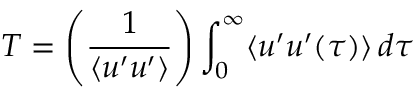
T = \left( { \frac { 1 } { \langle u ^ { \prime } u ^ { \prime } \rangle } } \right) \int _ { 0 } ^ { \infty } \langle u ^ { \prime } u ^ { \prime } ( \tau ) \rangle \, d \tau